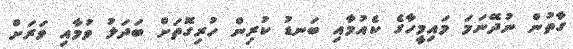
ގާތުން ނުދޭނަމަ މައިމީހާގެ ކެއުމާއި ބަނޑު ކުރިން ހުރިގޮތަށް ބަދަލު ވުމާއި ވަރަށް